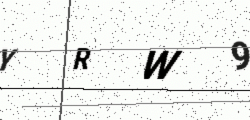
Text: YRW9